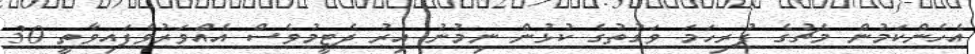
އެހެންކަމުން މެޗުގެ ފުރިހަމަ ވަގުތުގެ ކުޅުން ނިމުނު އިރު ދެޓީމުވެސް އެއްވަރުވެފައިވާތީ 30